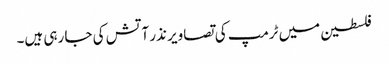
فلسطین میں ٹرمپ کی تصاویر نذر آتش کی جا رہی ہیں۔